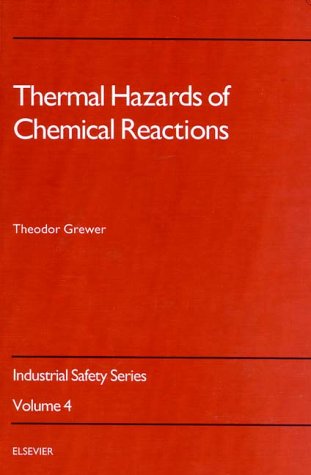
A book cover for Thermal Hazards of Chemical Reactions (Industrial Safety Series); Theodor Grewer; Science & Math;